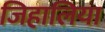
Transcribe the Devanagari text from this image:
जिहालिया